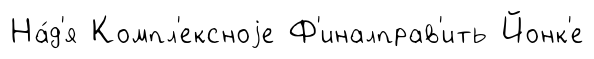
На́д'я Компл'ексноjе Ф'иналправ'ить Йонк'е